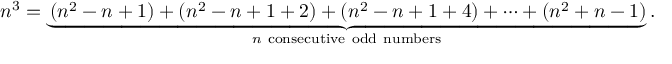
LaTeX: n ^ { 3 } = \underbrace { \left( n ^ { 2 } - n + 1 \right) + \left( n ^ { 2 } - n + 1 + 2 \right) + \left( n ^ { 2 } - n + 1 + 4 \right) + \cdots + \left( n ^ { 2 } + n - 1 \right) } _ { n { \mathrm { ~ c o n s e c u t i v e ~ o d d ~ n u m b e r s } } } .